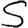
Digit: 5